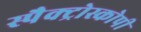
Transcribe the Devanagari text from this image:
स्पैक्ट्रोस्कोपी